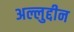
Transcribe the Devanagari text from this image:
अल्लुद्दीन